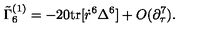
\tilde { \Gamma } _ { 6 } ^ { ( 1 ) } = - 2 0 \mathrm { t r } [ \dot { r } ^ { 6 } \Delta ^ { 6 } ] + O ( \partial _ { \tau } ^ { 7 } ) .